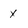
Character: X